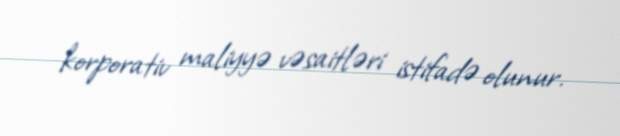
korporativ maliyyə vəsaitləri istifadə olunur.